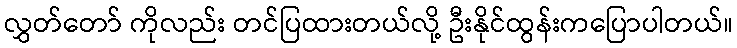
လွှတ်တော် ကိုလည်း တင်ပြထားတယ်လို့ ဦးနိုင်ထွန်းကပြောပါတယ်။